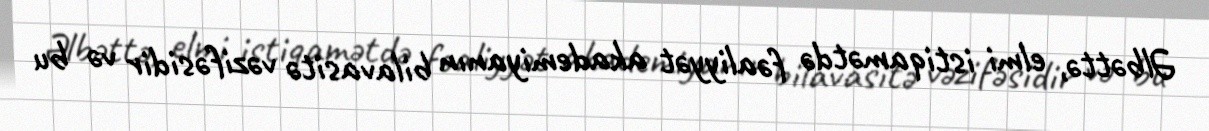
Əlbəttə, elmi istiqamətdə fəaliyyət akademiyanın bilavasitə vəzifəsidir və bu